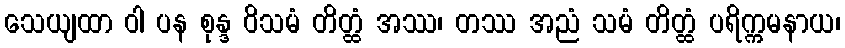
သေယျထာ ဝါ ပန စုန္ဒ ဝိသမံ တိတ္ထံ အဿ၊ တဿ အညံ သမံ တိတ္ထံ ပရိက္ကမနာယ၊